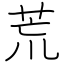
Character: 荒